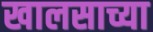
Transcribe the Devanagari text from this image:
खालसाच्या